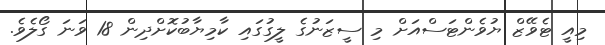
މިއީ ޓެވޭޒް ޔުވެންޓަސްއަށް މި ސީޒަނުގެ ލީގުގައި ކާމިޔާބުކޮށްދިން 18 ވަނަ ގޯލެވެ.